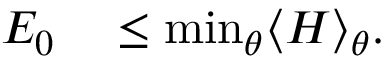
\begin{array} { r l } { E _ { 0 } } & { { } \le \operatorname* { m i n } _ { \theta } \langle H \rangle _ { \theta } . } \end{array}